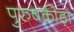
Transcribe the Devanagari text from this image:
पुरुषक्रीड़ा